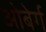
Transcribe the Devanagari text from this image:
ओबेर्ग